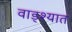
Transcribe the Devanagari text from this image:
वाड्श्यात